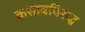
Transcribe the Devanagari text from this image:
कसाबविरुद्ध